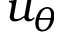
u _ { \theta }